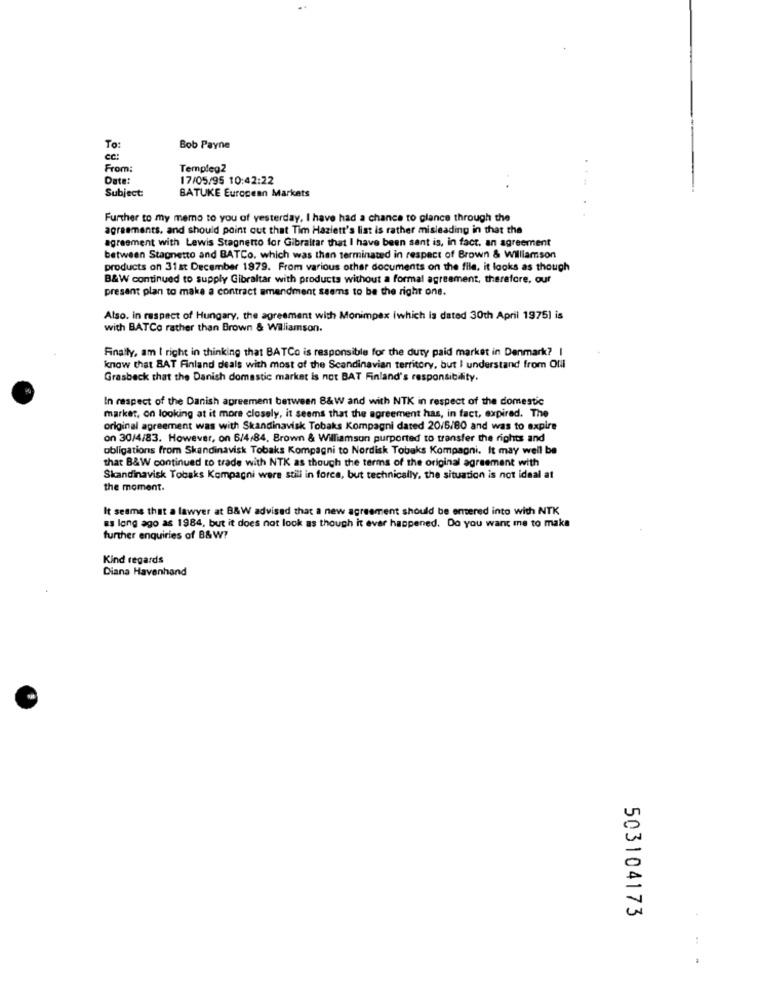
To:
Bob Payne
cc:
From:
Templeg2
Date:
17/05/95 10:42:22
BATUKE European Markets
Subject
Further to my memo to you of yesterday. I have had a chance to glance through the
agreements, and should point out that Tim Hazlett's list is rather misleading in that the
agreement with Lewis Stagnetto for Gibraltar that I have been sent is, in fact, an agreement
between Stagnetto and BATCo. which was then terminated in respect of Brown & Williamson
products on 31 st December 1979. From various other documents on the file. it looks as though
B&W continued to supply Gibraltar with products without a formal agreement, therefore, our
present plan to make a contract amendment seems to be the right one.
Also. in respect of Hungary, the agreement with Monimpex iwhich is dated 30th April 1975) is
with BATCo rather than Brown & Williamson.
Finally, am I right in thinking that BATCo is responsible for the duty paid market in Denmark? I
know that BAT Finland deals with most of the Scandinavian territory, but I understand from Ofil
Grasbeck that the Danish domestic market Is not BAT Finland's responsibility.
In respect of the Danish agreement between 8&W and with NTK in respect of the domestic
market, on looking at it more closely, it seems that the agreement has, in fact, expired. The
original agreement was with Skandinavisk Tobaks Kompagni dated 20/5/80 and was to expire
on 30/4/83. However, on 6/4/84. Brown & Williamson purported to transfer the rights and
obligations from Skandinavisk Tobaks Kompagni to Nordisk Tobaks Kompagni. It may well be
that B&W continued to trade with NTK as though the terms of the original agreement with
Skandinavisk Tobaks Kompagni were still in force, but technically, the situation is not ideal at
the moment.
It seems that a lawyer at B&W advised that a new agreement should be entered into with NTK
as long ago as 1984, but it does not look as though it ever happened. Do you want me to make
further enquiries of B&W?
Kind regards
Diana Havenhand
503104173
.. .